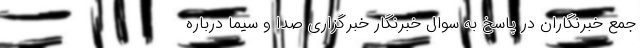
جمع خبرنگاران در پاسخ به سوال خبرنگار خبرگزاری صدا و سیما درباره